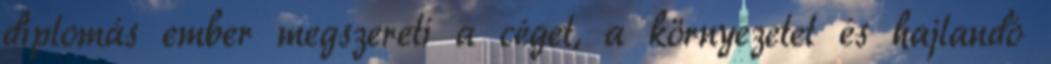
diplomás ember megszereti a céget, a környezetet és hajlandó